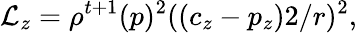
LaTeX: \mathcal{L}_{z}=\rho^{t+1}(p)^{2}((c_{z}-p_{z})2/r)^{2},